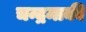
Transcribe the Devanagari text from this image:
चन्द्रमाकी